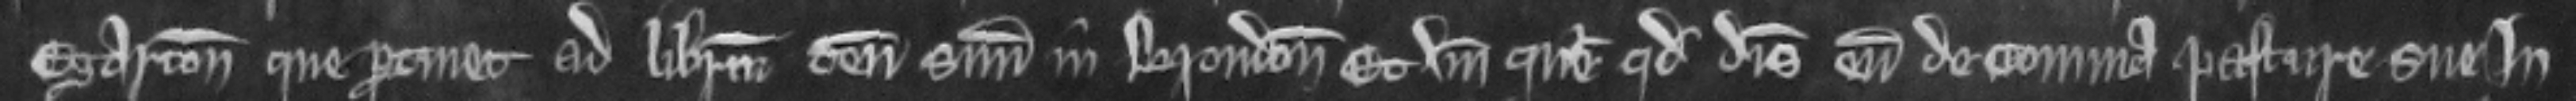
Egarton que pertinet ad liberum tenementum suum in Brondon. Et unde queritur quod disseisivit eum de communa pasture sue in